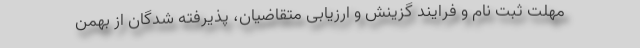
مهلت ثبت نام و فرایند گزینش و ارزیابی متقاضیان، پذیرفته شدگان از بهمن